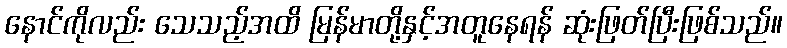
နောင်ကိုလည်း သေသည့်အထိ မြန်မာတို့နှင့်အတူနေရန် ဆုံးဖြတ်ပြီးဖြစ်သည်။